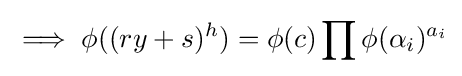
\implies \phi ((ry+s)^{h})=\phi (c)\prod \phi (\alpha _{i})^{a_{i}}